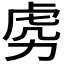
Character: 𱿎